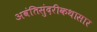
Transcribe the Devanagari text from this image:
अवंतिसुंदरीकथासार